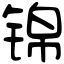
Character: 锦